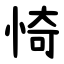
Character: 㥓